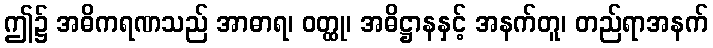
ဤ၌ အဓိကရဏသည် အာဓာရ၊ ဝတ္ထု၊ အဓိဋ္ဌာနနှင့် အနက်တူ၊ တည်ရာအနက်